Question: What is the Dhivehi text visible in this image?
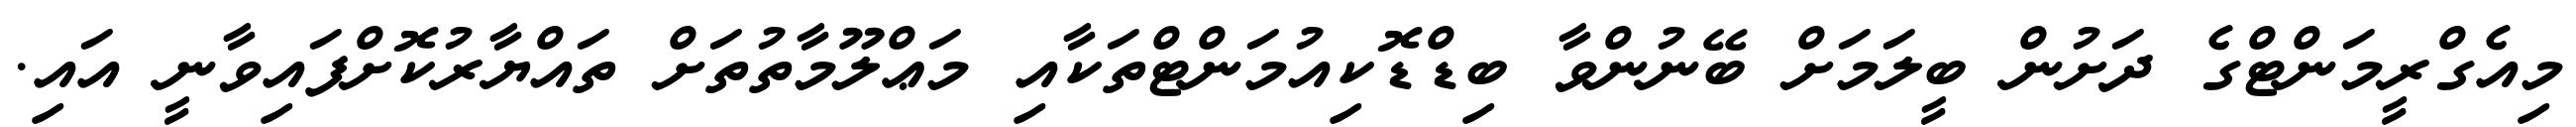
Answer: މިއެގްރީމަންޓްގެ ދަށުން ބީލަމަށް ބޭނުންވާ ބިޑްޑޮކިއުމަންޓްތަކާއި މަޢްލޫމާތުތަށް ތައްޔާރުކޮށްފައިވާނީ އައި.